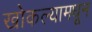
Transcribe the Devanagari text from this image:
खोकल्यामधून